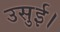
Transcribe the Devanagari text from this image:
उसुई।